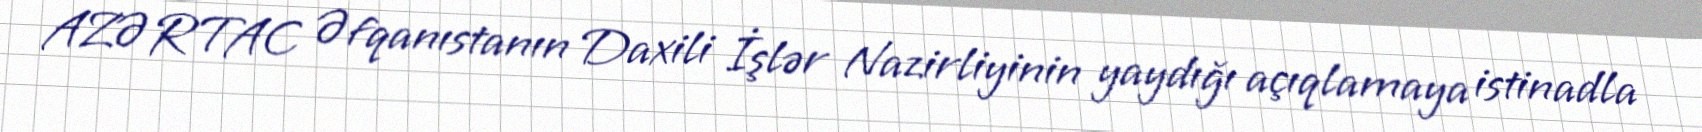
AZƏRTAC Əfqanıstanın Daxili İşlər Nazirliyinin yaydığı açıqlamaya istinadla